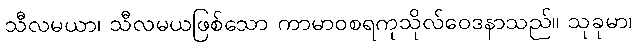
သီလမယာ၊ သီလမယဖြစ်သော ကာမာဝစရကုသိုလ်ဝေဒနာသည်။ သုခုမာ၊